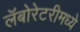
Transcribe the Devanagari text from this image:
लॅबोरेटरीमध्ये